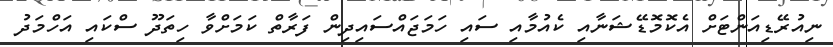
ނިއުރޭޑިއަންޓަށް އެކޮމޮޑޭޝަނާއި ކެއުމާއި ސައި ހަމަޖައްސައިދިން ފަރާތް ކަމަށްވާ ހިތަދޫ ސްކައި އަހްމަދު